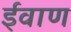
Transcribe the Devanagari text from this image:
ईवाण